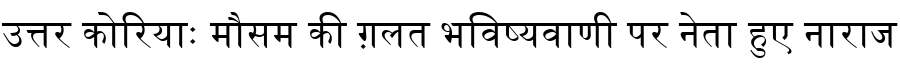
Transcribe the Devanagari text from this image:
उत्तर कोरियाः मौसम की ग़लत भविष्यवाणी पर नेता हुए नाराज